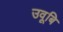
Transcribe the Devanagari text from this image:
उवूबि